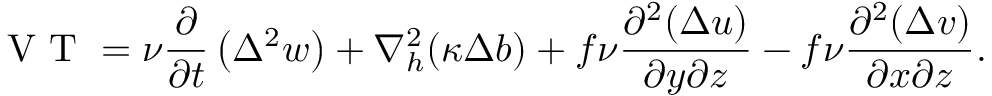
\textnormal { V T } = \nu \frac { \partial } { \partial t } \left( \Delta ^ { 2 } w \right) + \nabla _ { h } ^ { 2 } ( \kappa \Delta b ) + f \nu \frac { \partial ^ { 2 } ( \Delta u ) } { \partial y \partial z } - f \nu \frac { \partial ^ { 2 } ( \Delta v ) } { \partial x \partial z } .